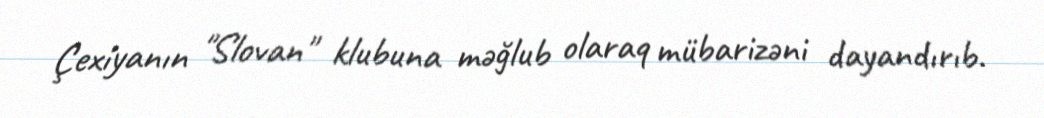
Çexiyanın "Slovan" klubuna məğlub olaraq mübarizəni dayandırıb.